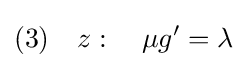
(3)\quad z:\quad \mu g'=\lambda